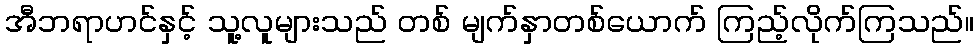
အီဘရာဟင်နှင့် သူ့လူများသည် တစ် မျက်နှာတစ်ယောက် ကြည့်လိုက်ကြသည်။